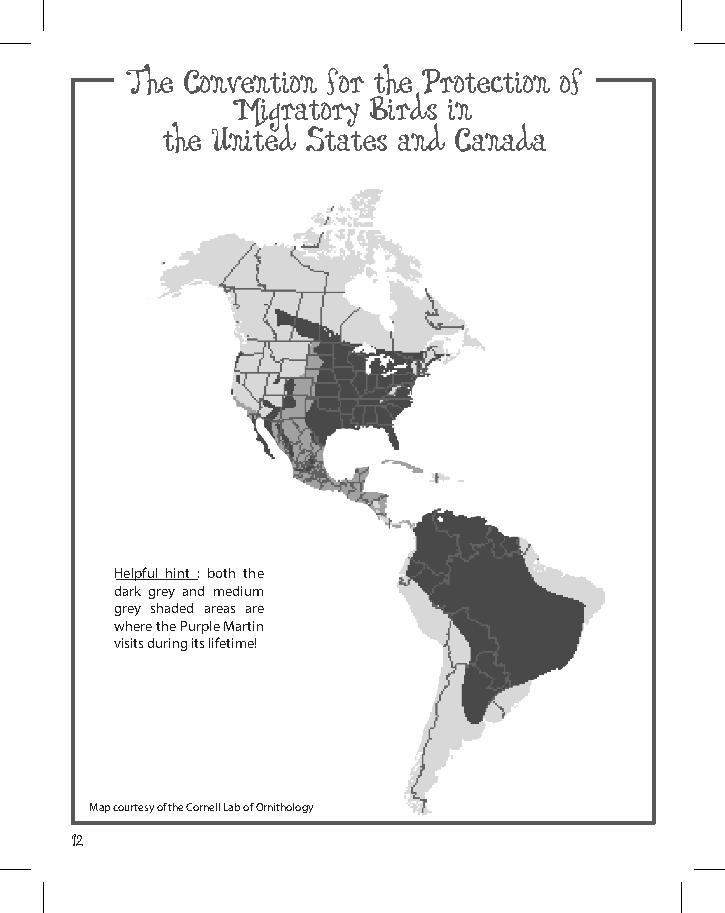
The Convention for the Protection of
 Migratory Birds in
 the united States and Canada
 helpful hint : both the
 dark grey and medium
 grey shaded areas are
 where the purple Martin
 visits during its lifetime!
 map courtesy of the Cornell Lab of ornithology
 12